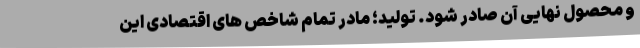
و محصول نهایی آن صادر شود. تولید؛ مادر تمام شاخص های اقتصادی این